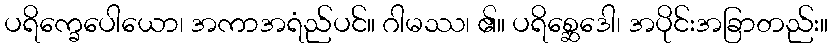
ပရိက္ခေပေါယော၊ အကာအရံည်ပင်။ ဂါမဿ၊ ၏။ ပရိစ္ဆေဒေါ၊ အပိုင်းအခြာတည်း။